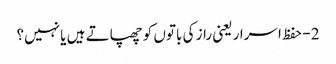
2- حفظ اسرار یعنی راز کی باتوں کو چھپاتے ہیں یا نہیں؟